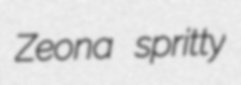
Zeona spritty